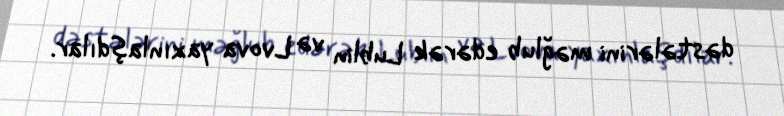
dəstələrini məğlub edərək Lublin və Lvova yaxınlaşdılar.